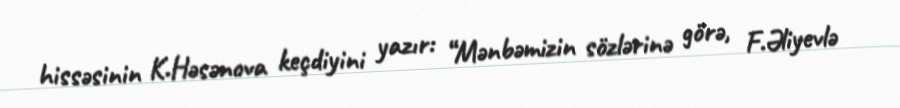
hissəsinin K.Həsənova keçdiyini yazır: “Mənbəmizin sözlərinə görə, F.Əliyevlə